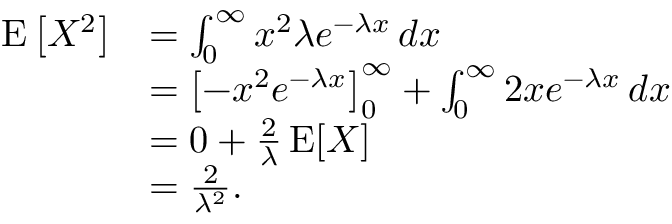
{ \begin{array} { r l } { \operatorname { E } \left[ X ^ { 2 } \right] } & { = \int _ { 0 } ^ { \infty } x ^ { 2 } \lambda e ^ { - \lambda x } \, d x } \\ & { = \left[ - x ^ { 2 } e ^ { - \lambda x } \right] _ { 0 } ^ { \infty } + \int _ { 0 } ^ { \infty } 2 x e ^ { - \lambda x } \, d x } \\ & { = 0 + { \frac { 2 } { \lambda } } \operatorname { E } [ X ] } \\ & { = { \frac { 2 } { \lambda ^ { 2 } } } . } \end{array} }